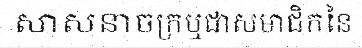
សាសនាចក្រឬជាសមាជិកនៃ